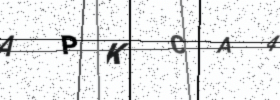
Text: APKCA4